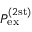
P _ { \mathrm { e x } } ^ { ( 2 \mathrm { s t ) } }